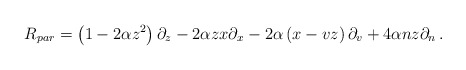
\begin{align*}R_{par} = \left( 1-2\alpha z^2 \right) \partial_{z} -2\alpha zx \partial_{x} - 2\alpha \left( x-vz \right) \partial_{v} + 4\alpha nz \partial_{n} \,.\end{align*}